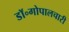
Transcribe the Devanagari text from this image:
डॉ॰गोपालचारी